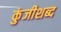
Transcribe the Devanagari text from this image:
कुंजीशब्द